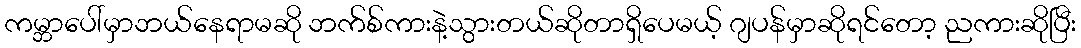
ကမ္ဘာပေါ်မှာဘယ်နေရာမဆို ဘက်စ်ကားနဲ့သွားတယ်ဆိုတာရှိပေမယ့် ဂျပန်မှာဆိုရင်တော့ ညကားဆိုပြီး